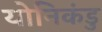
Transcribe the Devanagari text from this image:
योनिकंडु